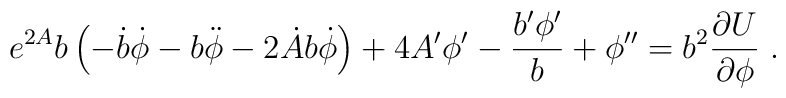
e^{2A} b \left( -\dot{b}\dot{\phi} - b\ddot{\phi} - 2 \dot{A}b \dot{\phi} \right) + 4 A' \phi'  - \frac{b' \phi'}{b} + \phi'' = b^2 \frac{\partial U}{\partial \phi} \; .